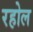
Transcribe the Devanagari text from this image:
रहोल